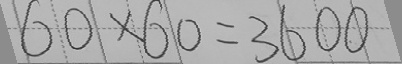
6 0 \times 6 0 = 3 6 0 0